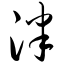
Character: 泮